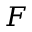
F